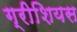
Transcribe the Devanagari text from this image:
ग्रीशियस